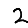
Digit: 2